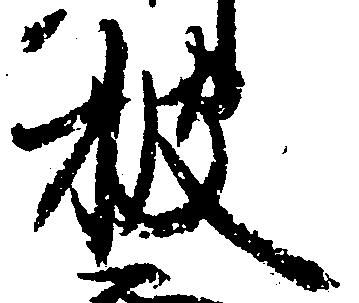
披